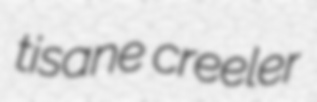
tisane creeler